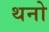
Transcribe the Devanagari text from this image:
थनो